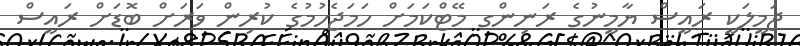
ޖަމީލަކީ ރައީސް ޔާމީނުގެ ރަނިންގ މޭޓްކަމަށް ހަމަޖެހުމުގެ ކުރިން ވަރަށް ބޮޑަށް ރައީސް